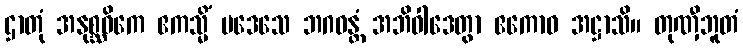
ဌာတုံ အနုစ္ဆဝိကေ ဧကသ္မိံ ပဒေသေ ဘဂဝန္တံ အဘိဝါဒေတွာ ဧကောဝ အဋ္ဌာသိ။ တုဏှီဘူတံ